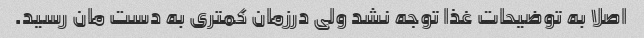
اصلا به توضیحات غذا توجه نشد ولی درزمان کمتری به دست مان رسید.